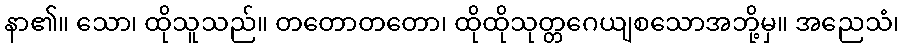
နာ၏။ သော၊ ထိုသူသည်။ တတောတတော၊ ထိုထိုသုတ္တဂေယျစသောအဘို့မှ။ အညေသံ၊